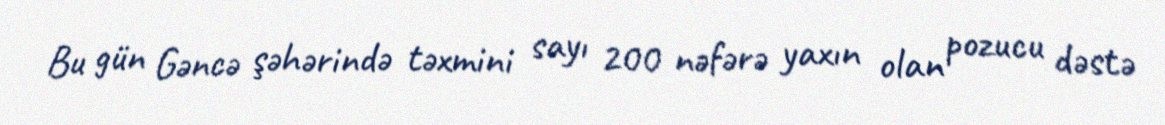
Bu gün Gəncə şəhərində təxmini sayı 200 nəfərə yaxın olan pozucu dəstə